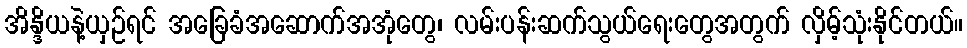
အိန္ဒိယနဲ့ယှဉ်ရင် အခြေခံအဆောက်အအုံတွေ၊ လမ်းပန်းဆက်သွယ်ရေးတွေအတွက် လှိမ့်သုံးနိုင်တယ်။